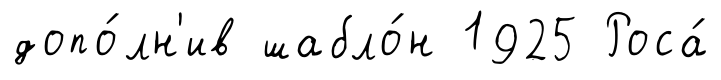
допо́лн'ив шабло́н 1925 Роса́